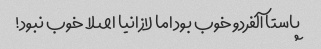
پاستا آلفردو خوب بود اما لازانیا اصلا خوب نبود!